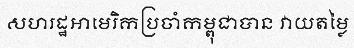
សហរដ្ឋអាមេរិកប្រចាំកម្ពុជាបាន វាយតម្លៃ